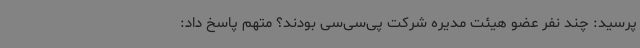
پرسید: چند نفر عضو هیئت مدیره شرکت پی‌سی‌سی بودند؟ متهم پاسخ داد: